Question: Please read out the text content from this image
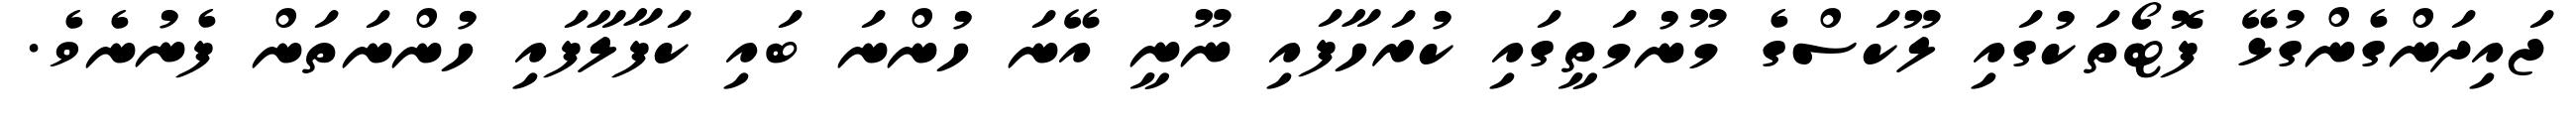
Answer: ޖައިދަންގެންގުޅޭ ފޮޓޯތަކުގައި ލޫކަސްގެ މޫނުމަތީގައި ކުރަހާފައި ނޫނީ އޭނަ ހުންނަ ބައި ކަފާލާފައި ހުންނަތަން ފެނުނެވެ.